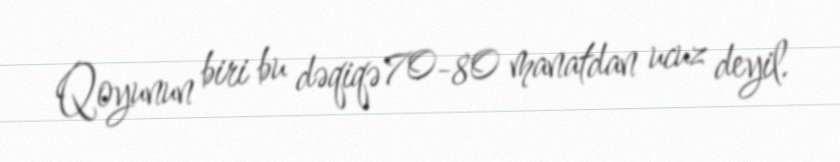
Qoyunun biri bu dəqiqə 70-80 manatdan ucuz deyil.